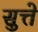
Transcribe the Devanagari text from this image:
सुत्ते